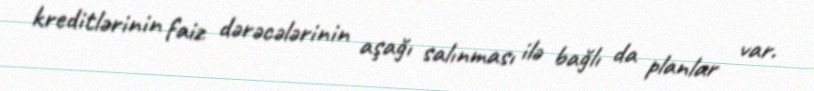
kreditlərinin faiz dərəcələrinin aşağı salınması ilə bağlı da planlar var.